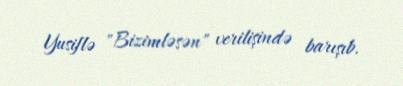
Yusiflə "Bizimləsən" verilişində barışıb.